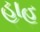
હાહ